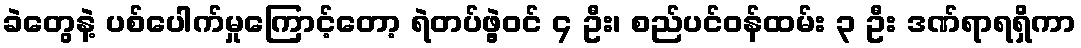
ခဲတွေနဲ့ ပစ်ပေါက်မှုကြောင့်တော့ ရဲတပ်ဖွဲ့ဝင် ၄ ဦး၊ စည်ပင်ဝန်ထမ်း ၃ ဦး ဒဏ်ရာရရှိကာ